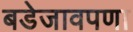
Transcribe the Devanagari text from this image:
बडेजावपणा